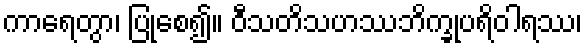
ကာရေတွာ၊ ပြုစေ၍။ ဝီသတိသဟဿဘိက္ခုပရိဝါရဿ၊